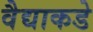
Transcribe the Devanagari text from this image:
वैद्याकडे